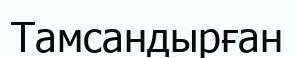
Тамсандырған